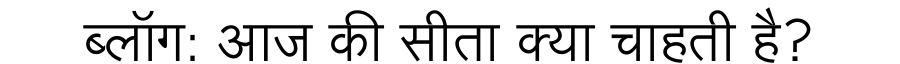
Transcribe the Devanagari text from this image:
ब्लॉग: आज की सीता क्या चाहती है?